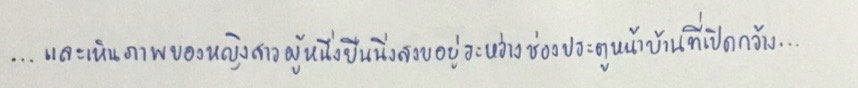
...และเห็นภาพของหญิงสาวผู้หนึ่งยืนนิ่งสงบอยู่ระหว่างช่องประตูหน้าบ้านที่เปิดกว้าง...